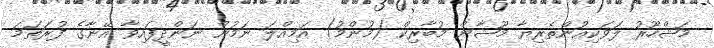
މަޝްހޫރު ލަވަކިއުންތެރިޔާ މޫޝާން މުބާރިކް (މުންމު) އަމިއްލަ ނަމުން ނަންދީފައިވާ އޭނާގެ ފުރަތަމަ